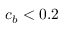
c _ { b } < 0 . 2